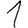
Digit: 1